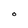
Character: 0